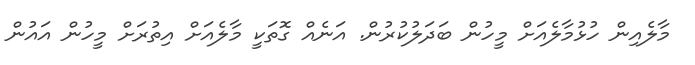
މާލެއިން ހުޅުމާލެއަށް މީހުން ބަދަލުކުރުން. އަނެއް ގޮތަކީ މާލެއަށް އިތުރަށް މީހުން އައުން